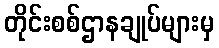
တိုင်းစစ်ဌာနချုပ်များမှ